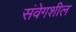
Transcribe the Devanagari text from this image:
संवेगशील